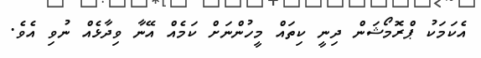
އެކަމަކު ޕްރޮމޯޝަން ދިނީ ކިތައް މީހުންނަށް ކަމެއް އޭނާ ވިދާޅެއް ނުވި އެވެ.